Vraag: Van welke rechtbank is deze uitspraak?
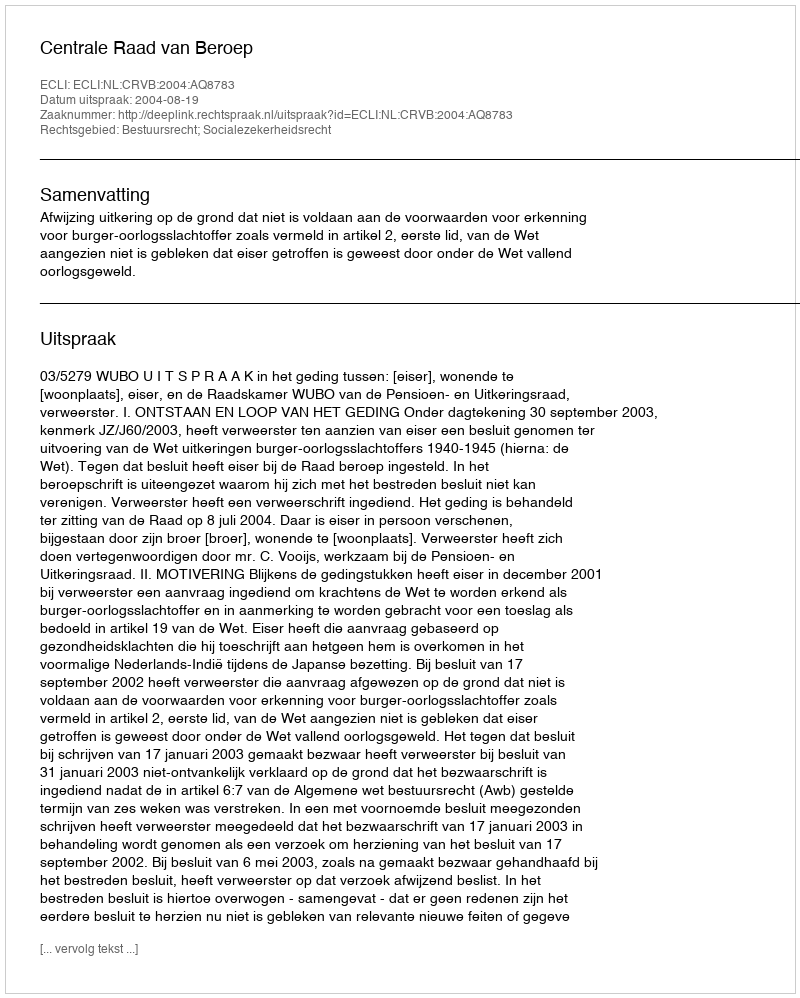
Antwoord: Centrale Raad van Beroep